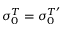
\sigma _ { 0 } ^ { T } = \sigma _ { 0 } ^ { T ^ { \prime } }